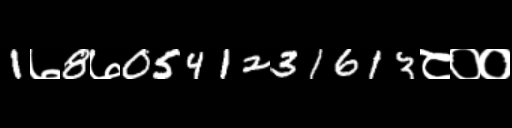
Text: 1७8७0541231613८००